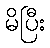
မိပြီး